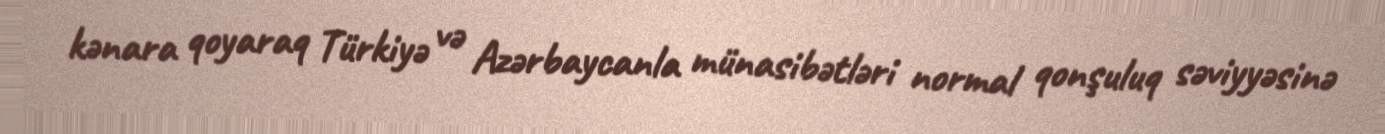
kənara qoyaraq Türkiyə və Azərbaycanla münasibətləri normal qonşuluq səviyyəsinə